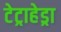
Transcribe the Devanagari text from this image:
टेट्राहेड्रा